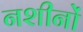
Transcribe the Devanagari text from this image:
नशीनों